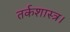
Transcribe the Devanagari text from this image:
तर्कशास्त्र।